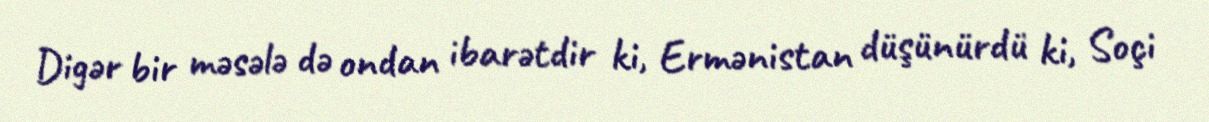
Digər bir məsələ də ondan ibarətdir ki, Ermənistan düşünürdü ki, Soçi